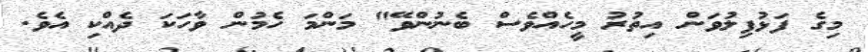
މިގެ ފަޅުފިލުވަން އިތުރު މީހެއްވެސް ބެނުންވޭ" މަންމަ ހެމުން ވާހަކަ ދެއްކި އެވެ.